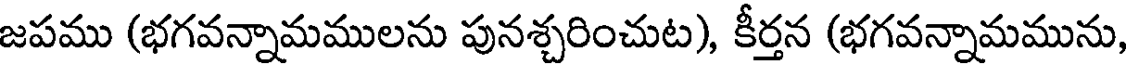
జపము (భగవన్నామములను పునశ్చరించుట), కీర్తన (భగవన్నామమును,